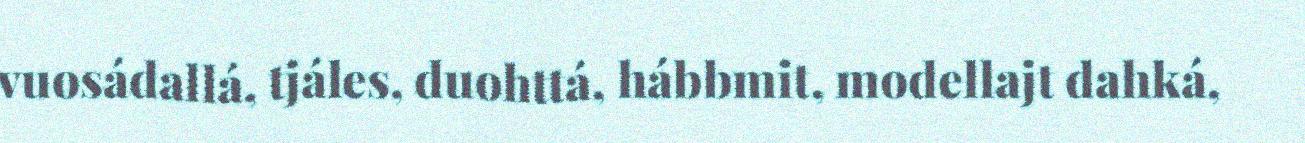
vuosádallá, tjáles, duohttá, hábbmit, modellajt dahká,